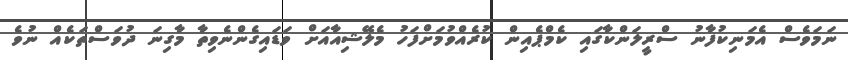
ނަމަވެސް އެމަނިކުފާނު ސްރީލަންކާގައި ކެމްޕެއިން ކުރެއްވުމަށްފަހު މެލޭޝިއާއަށް ވަޑައިގެންނެވިތާ މާގިނަ ދުވަސްތަކެއް ނުވެ